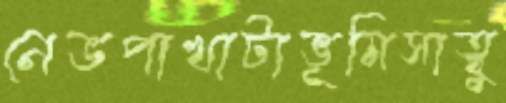
নেভপাখাটাভূমিসাত্বু